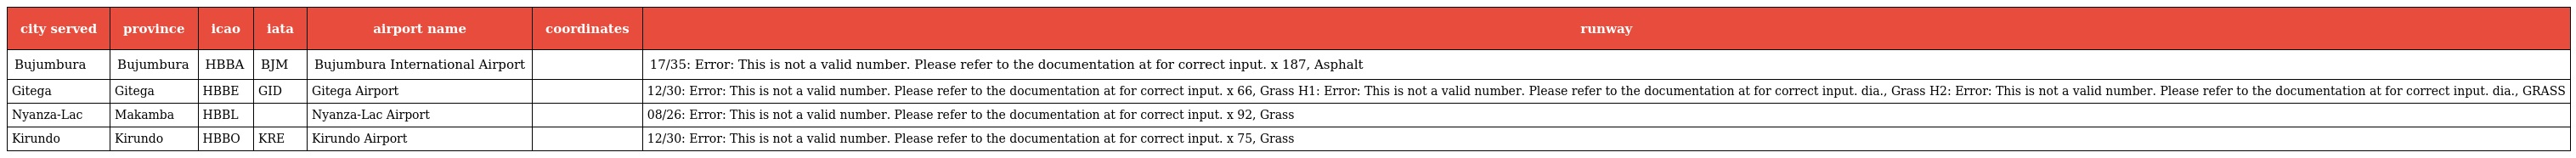
| city served | province | icao | iata | airport name | coordinates | runway |
 | --- | --- | --- | --- | --- | --- | --- |
 | Bujumbura | Bujumbura | HBBA | BJM | Bujumbura International Airport |  | 17/35: Error: This is not a valid number. Please refer to the documentation at for correct input. x 187, Asphalt |
 | Gitega | Gitega | HBBE | GID | Gitega Airport |  | 12/30: Error: This is not a valid number. Please refer to the documentation at for correct input. x 66, Grass H1: Error: This is not a valid number. Please refer to the documentation at for correct input. dia., Grass H2: Error: This is not a valid number. Please refer to the documentation at for correct input. dia., GRASS |
 | Nyanza-Lac | Makamba | HBBL |  | Nyanza-Lac Airport |  | 08/26: Error: This is not a valid number. Please refer to the documentation at for correct input. x 92, Grass |
 | Kirundo | Kirundo | HBBO | KRE | Kirundo Airport |  | 12/30: Error: This is not a valid number. Please refer to the documentation at for correct input. x 75, Grass |